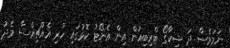
ނަމަވެސް ދަ ޝިކާގޯ ޓްރިބިއުން އިން އެނޯޓު ކޮޅުގައި ހުރި އެއްޗިއްސާ މެދު